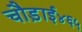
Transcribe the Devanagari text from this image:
चौड़ाई४६५